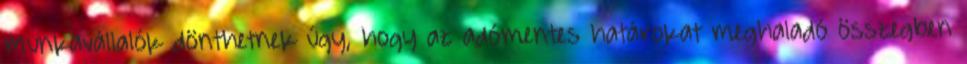
munkavállalók dönthetnek úgy, hogy az adómentes határokat meghaladó összegben